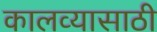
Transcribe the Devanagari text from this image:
कालव्यासाठी